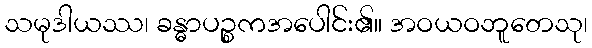
သမုဒါယဿ၊ ခန္ဓာပဉ္စကအပေါင်း၏။ အဝယဝဘူတေသု၊